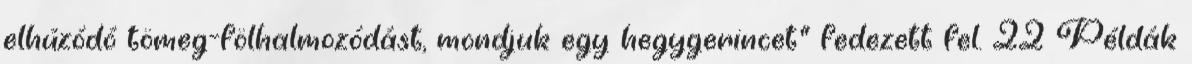
elhúzódó tömeg-fölhalmozódást, mondjuk egy hegygerincet" fedezett fel. 22 Példák